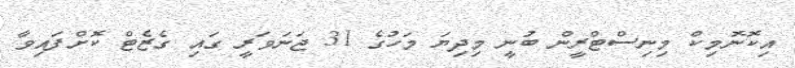
އިކޮނޮމިކް މިނިސްޓްރީން ބުނީ މިދިޔަ މަހުގެ 31 ޖަނަވަރީ ގައި ގެޒެޓް ކޮށްފައިވާ